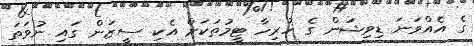
ގެ އެއްވަނަ ޑިވިޝަން ގެ ހުރިހާ ޓީމުތަކަށް އެކި ސީޒަން ގައި ނުވަތަ